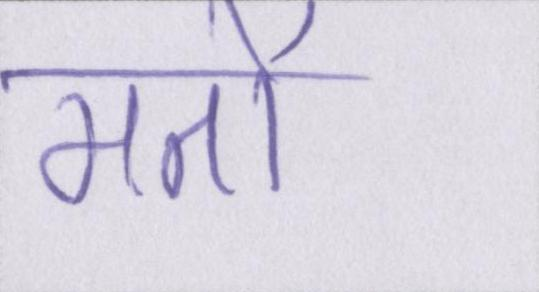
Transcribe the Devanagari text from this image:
मतों